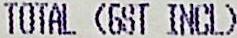
TOTAL (GST INCL)